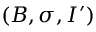
( B , \sigma , I ^ { \prime } )